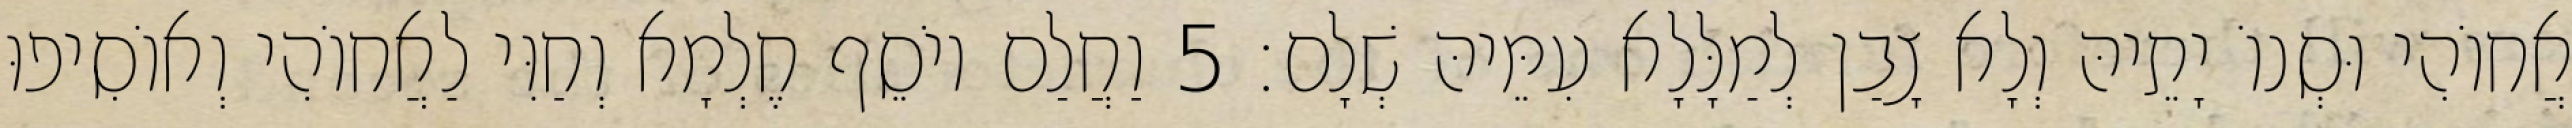
אֲחוֹהִי וּסְנוֹ יָתֵיהּ וְלָא צָבַן לְמַלָּלָא עִמֵּיהּ שְׁלָם׃ 5 וַחֲלַם יוֹסֵף חֶלְמָא וְחַוִּי לַאֲחוֹהִי וְאוֹסִיפוּ